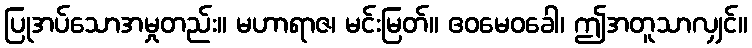
ပြုအပ်သောအမှုတည်း။ မဟာရာဇ၊ မင်းမြတ်။ ဧဝမေဝခေါ၊ ဤအတူသာလျှင်။